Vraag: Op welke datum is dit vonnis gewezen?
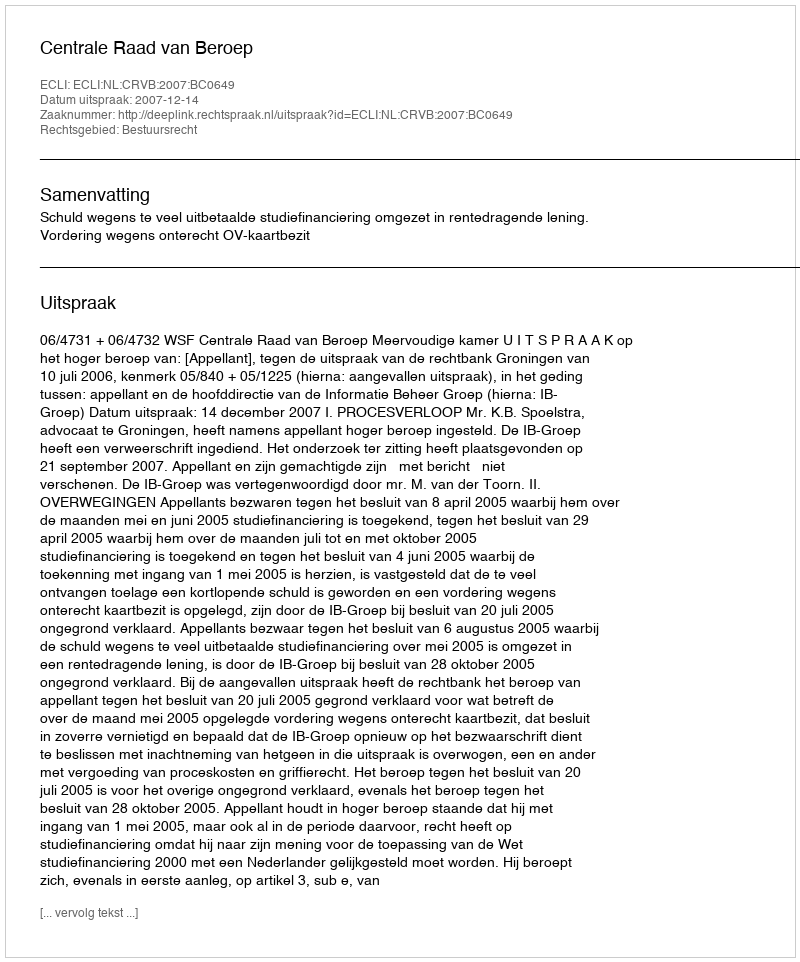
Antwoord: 2007-12-14